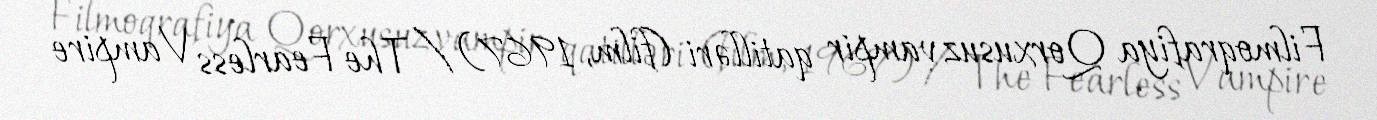
Filmoqrafiya Qorxusuz vampir qatilləri (film, 1967) / The Fearless Vampire